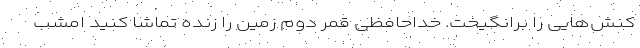
کنش‌هایی را برانگیخت. خداحافظی قمر دوم زمین را زنده تماشا کنید امشب